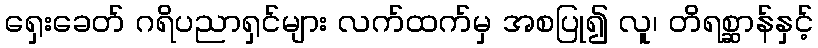
ရှေးခေတ် ဂရိပညာရှင်များ လက်ထက်မှ အစပြု၍ လူ၊ တိရစ္ဆာန်နှင့်